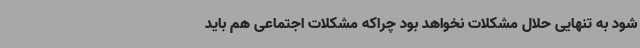
شود به تنهایی حلال مشکلات نخواهد بود چراکه مشکلات اجتماعی هم باید